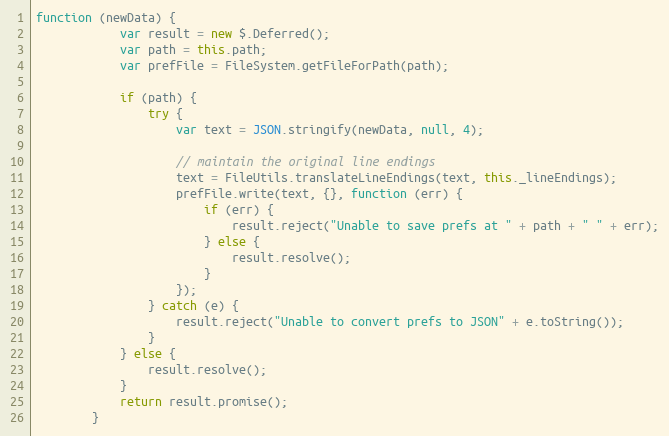
Language: JavaScript
function (newData) {
            var result = new $.Deferred();
            var path = this.path;
            var prefFile = FileSystem.getFileForPath(path);

            if (path) {
                try {
                    var text = JSON.stringify(newData, null, 4);

                    // maintain the original line endings
                    text = FileUtils.translateLineEndings(text, this._lineEndings);
                    prefFile.write(text, {}, function (err) {
                        if (err) {
                            result.reject("Unable to save prefs at " + path + " " + err);
                        } else {
                            result.resolve();
                        }
                    });
                } catch (e) {
                    result.reject("Unable to convert prefs to JSON" + e.toString());
                }
            } else {
                result.resolve();
            }
            return result.promise();
        }